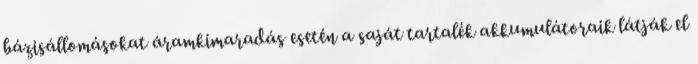
bázisállomásokat áramkimaradás esetén a saját tartalék akkumulátoraik látják el